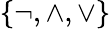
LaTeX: \{ \neg,\land,\lor\}